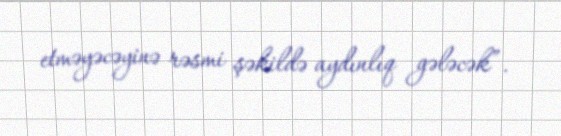
etməyəcəyinə rəsmi şəkildə aydınlıq gələcək”.